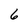
Character: 6